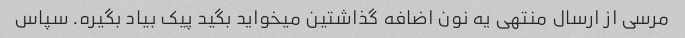
مرسی از ارسال منتهی یه نون اضافه گذاشتین میخواید بگید پیک بیاد بگیره. سپاس